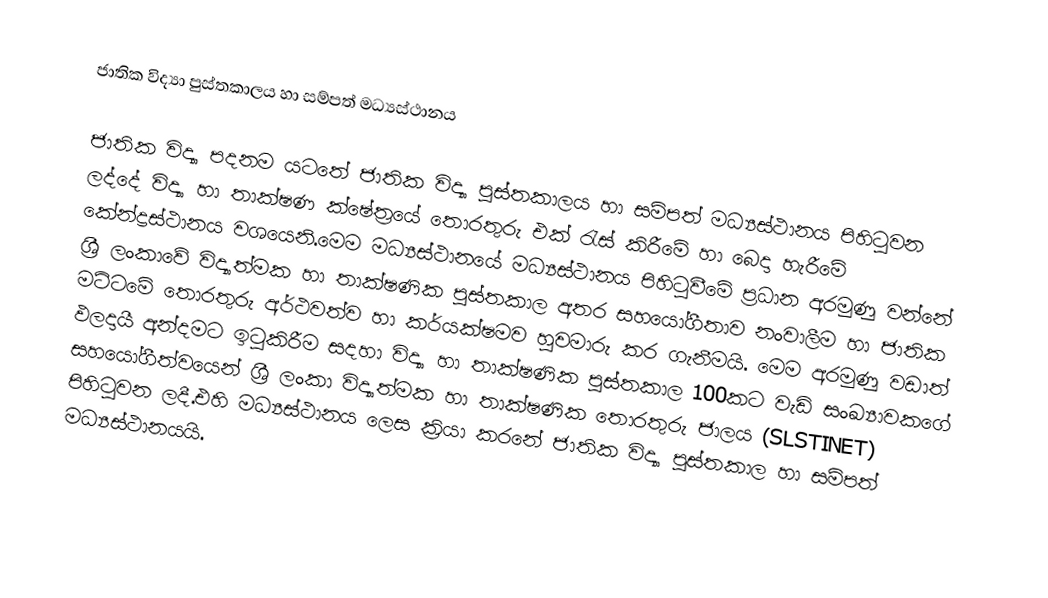
ජාතික විද්‍යා පුස්තකාලය හා සම්පත් මධ්‍යස්ථානය

ජාතික විද්‍යා පදනම යටතේ ජාතික විද්‍යා පුස්තකාලය හා සම්පත් මධ්‍යස්ථානය පිහිටුවන ලද්දේ විද්‍යා හා තාක්ෂණ ක්ෂේත්‍රයේ තොරතුරු එක් රැස් කිරීමේ හා බෙදා හැරීමේ කේන්ද්‍රස්ථානය වශයෙනි.මෙම මධ්‍යස්ථානයේ මධ්‍යස්ථානය පිහිටුවීමේ ප්‍රධාන අරමුණු වන්නේ ශ්‍රී ලංකාවේ විද්‍යාත්මක හා තාක්ෂණික පුස්තකාල අතර  සහයෝගීතාව නංවාලීම හා ජාතික මට්ටමේ තොරතුරු අර්ථවත්ව හා කර්යක්ෂමව හුවමාරු කර ගැනීමයි. මෙම අරමුණු වඩාත් ඵලදායී අන්දමට ඉටුකිරීම සදහා විද්‍යා හා තාක්ෂණික පුස්තකාල 100කට වැඩි සංඛ්‍යාවකගේ සහයෝගීත්වයෙන් ශ්‍රී ලංකා විද්‍යාත්මක හා තාක්ෂණික තොරතුරු ජාලය (SLSTINET) පිහිටුවන ලදී.එහි මධ්‍යස්ථානය ලෙස ක්‍රියා කරනේ ජාතික විද්‍යා පුස්තකාල හා සම්පත් මධ්‍යස්ථානයයි.